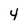
Character: 4